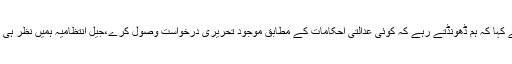
انہوں نے کہا کہ ہم ڈھونڈتے رہے کہ کوئی عدالتی احکامات کے مطابق موجود تحریری درخواست وصول کرے،جیل انتظامیہ ہمیں نظر ہی نہیں آئی۔